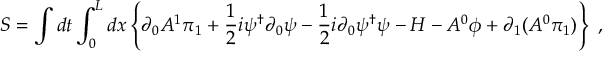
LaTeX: S = \int d t \int _ { 0 } ^ { L } d x \left\{ \partial _ { 0 } A ^ { 1 } \pi _ { 1 } + \frac { 1 } { 2 } i \psi ^ { \dagger } \partial _ { 0 } \psi - \frac { 1 } { 2 } i \partial _ { 0 } \psi ^ { \dagger } \psi - { \cal H } - A ^ { 0 } \phi + \partial _ { 1 } ( A ^ { 0 } \pi _ { 1 } ) \right\} \ ,